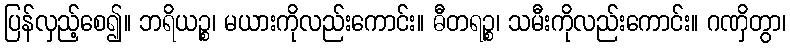
ပြန်လှည့်စေ၍။ ဘရိယဉ္စ၊ မယားကိုလည်းကောင်း။ ဓီတရဉ္စ၊ သမီးကိုလည်းကောင်း။ ဂဏှိတွာ၊